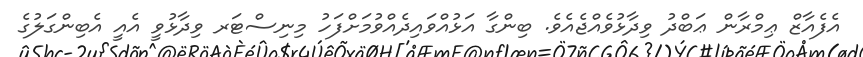
އެފެއާޒް ޢިމްރާން ޢަބްދު ވިދާޅުވެއްޖެއެވެ. ބިންގާ އަޅުއްވައިދެއްވުމަށްފަހު މިނިސްޓަރ ވިދާޅުވީ އެއީ އެބިންގަލުގެ